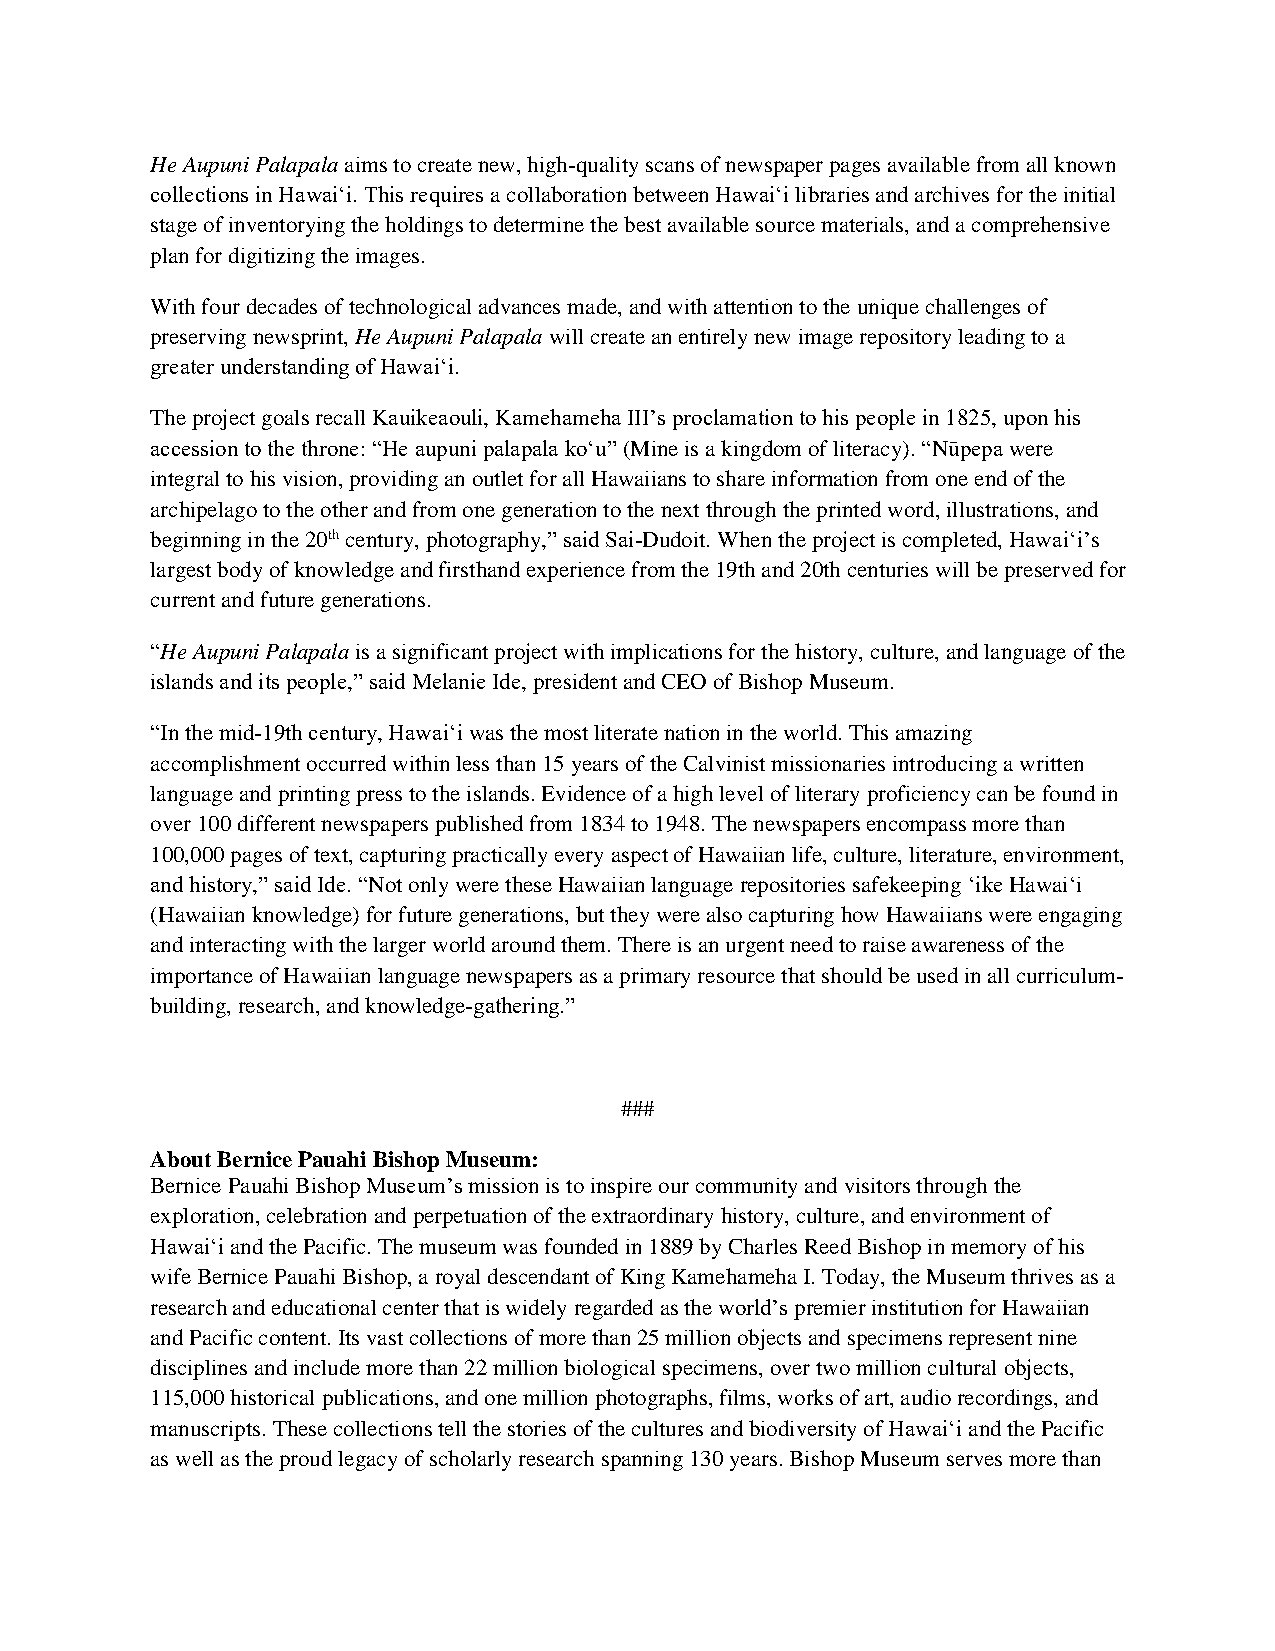
He Aupuni Palapala aims to create new, high-quality scans of newspaper pages available from all known
 collections in Hawaiʻi. This requires a collaboration between Hawaiʻi libraries and archives for the initial
 stage of inventorying the holdings to determine the best available source materials, and a comprehensive
 plan for digitizing the images.
 With four decades of technological advances made, and with attention to the unique challenges of
 preserving newsprint, He Aupuni Palapala will create an entirely new image repository leading to a
 greater understanding of Hawaiʻi.
 The project goals recall Kauikeaouli, Kamehameha III’s proclamation to his people in 1825, upon his
 accession to the throne: “He aupuni palapala koʻu” (Mine is a kingdom of literacy). “Nūpepa were
 integral to his vision, providing an outlet for all Hawaiians to share information from one end of the
 archipelago to the other and from one generation to the next through the printed word, illustrations, and
 beginning in the 20th century, photography,” said Sai-Dudoit. When the project is completed, Hawaiʻi’s
 largest body of knowledge and firsthand experience from the 19th and 20th centuries will be preserved for
 current and future generations.
 “He Aupuni Palapala is a significant project with implications for the history, culture, and language of the
 islands and its people,” said Melanie Ide, president and CEO of Bishop Museum.
 “In the mid-19th century, Hawaiʻi was the most literate nation in the world. This amazing
 accomplishment occurred within less than 15 years of the Calvinist missionaries introducing a written
 language and printing press to the islands. Evidence of a high level of literary proficiency can be found in
 over 100 different newspapers published from 1834 to 1948. The newspapers encompass more than
 100,000 pages of text, capturing practically every aspect of Hawaiian life, culture, literature, environment,
 and history,” said Ide. “Not only were these Hawaiian language repositories safekeeping ‘ike Hawaiʻi
 (Hawaiian knowledge) for future generations, but they were also capturing how Hawaiians were engaging
 and interacting with the larger world around them. There is an urgent need to raise awareness of the
 importance of Hawaiian language newspapers as a primary resource that should be used in all curriculum-
 building, research, and knowledge-gathering.”
 ###
 About Bernice Pauahi Bishop Museum:
 Bernice Pauahi Bishop Museum’s mission is to inspire our community and visitors through the
 exploration, celebration and perpetuation of the extraordinary history, culture, and environment of
 Hawai‘i and the Pacific. The museum was founded in 1889 by Charles Reed Bishop in memory of his
 wife Bernice Pauahi Bishop, a royal descendant of King Kamehameha I. Today, the Museum thrives as a
 research and educational center that is widely regarded as the world’s premier institution for Hawaiian
 and Pacific content. Its vast collections of more than 25 million objects and specimens represent nine
 disciplines and include more than 22 million biological specimens, over two million cultural objects,
 115,000 historical publications, and one million photographs, films, works of art, audio recordings, and
 manuscripts. These collections tell the stories of the cultures and biodiversity of Hawai‘i and the Pacific
 as well as the proud legacy of scholarly research spanning 130 years. Bishop Museum serves more than